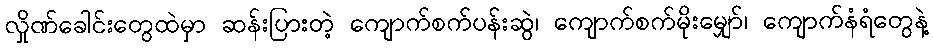
လှိုဏ်ခေါင်းတွေထဲမှာ ဆန်းပြားတဲ့ ကျောက်စက်ပန်းဆွဲ၊ ကျောက်စက်မိုးမျှော်၊ ကျောက်နံရံတွေနဲ့